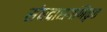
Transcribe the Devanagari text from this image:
संघदासगणिकृत